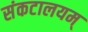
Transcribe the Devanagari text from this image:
संकटालयम्